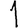
Digit: 1